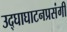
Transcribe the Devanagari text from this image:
उद्‌घाघाटनप्रसंगी